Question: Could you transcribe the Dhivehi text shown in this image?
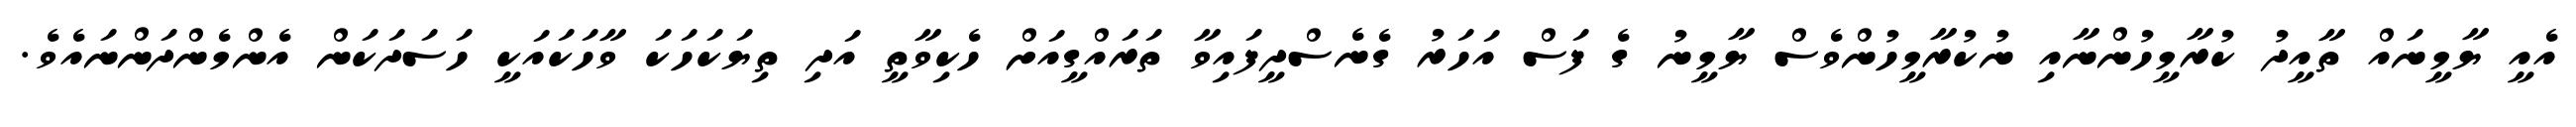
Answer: އެއީ ޔާމީނައް ތާއީދު ކުރާމީހުންނާއި ނުކުރާމީހުންވެސް ޔާމީނު ގެ ފަސް އަހަރު ގެނެސްދީފައިވާ ތަރައްގީއަށް ހެކިވާތީ އަދި ތިޔަކަހަކަ ވާހަކައަކީ ހަސަދަކަން އެންމެންދަންނައެވެ.